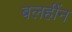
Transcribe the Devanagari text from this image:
बलहींन